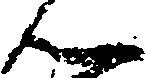
ん